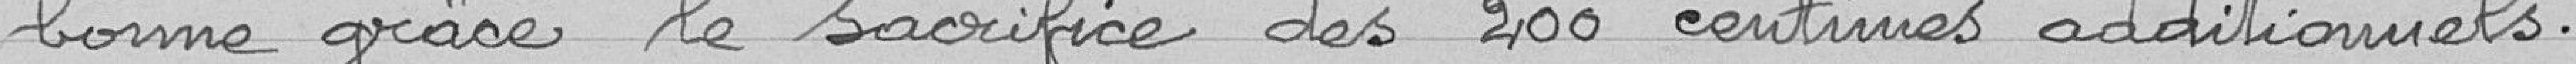
bonne grâce le sacrifice des 200 centimes additionnels.